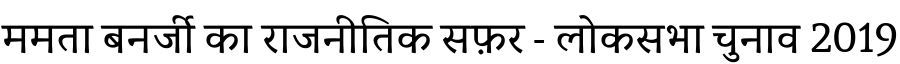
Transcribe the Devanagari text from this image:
ममता बनर्जी का राजनीतिक सफ़र - लोकसभा चुनाव 2019